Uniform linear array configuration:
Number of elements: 48
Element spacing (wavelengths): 0.5
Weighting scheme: kaiser
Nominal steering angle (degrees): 0
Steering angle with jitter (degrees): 1.75
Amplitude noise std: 0.05
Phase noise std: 0.05

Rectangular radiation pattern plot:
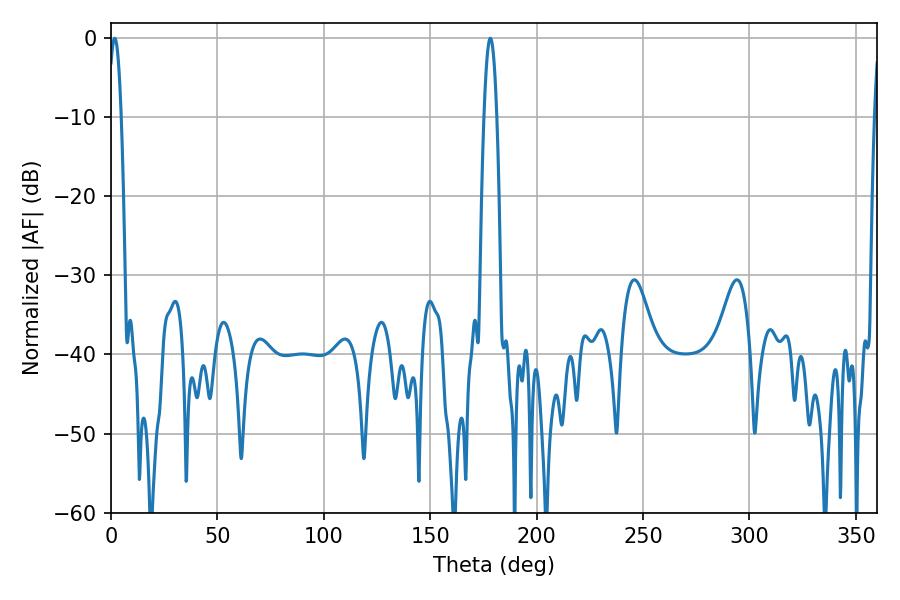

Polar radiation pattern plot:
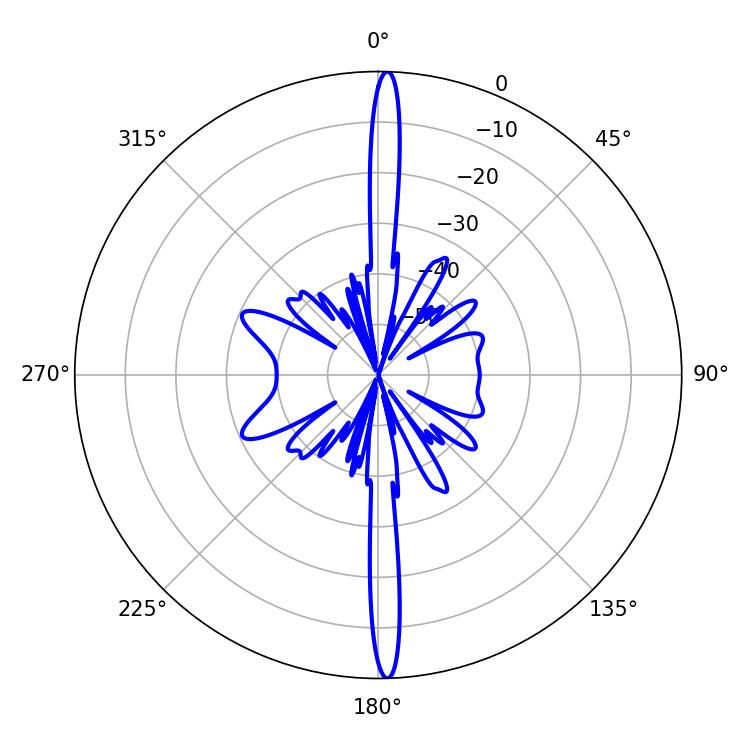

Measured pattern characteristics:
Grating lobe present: FALSE
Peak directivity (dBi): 27.368
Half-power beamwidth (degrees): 3.24
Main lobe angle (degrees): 1.8